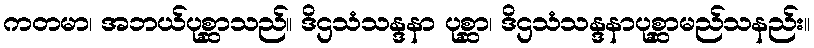
ကတမာ၊ အဘယ်ပုစ္ဆာသည်။ ဒိဌသံသန္ဒနာ ပုစ္ဆာ၊ ဒိဌသံသန္ဒနာပုစ္ဆာမည်သနည်း။